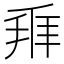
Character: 𬼐